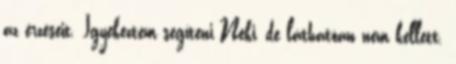
az érzéseit. Igyekeztem segíteni Neki, de láthatóan nem kellett.